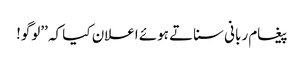
پیغام ربانی سناتے ہوئے اعلان کیا کہ ’’لوگو!